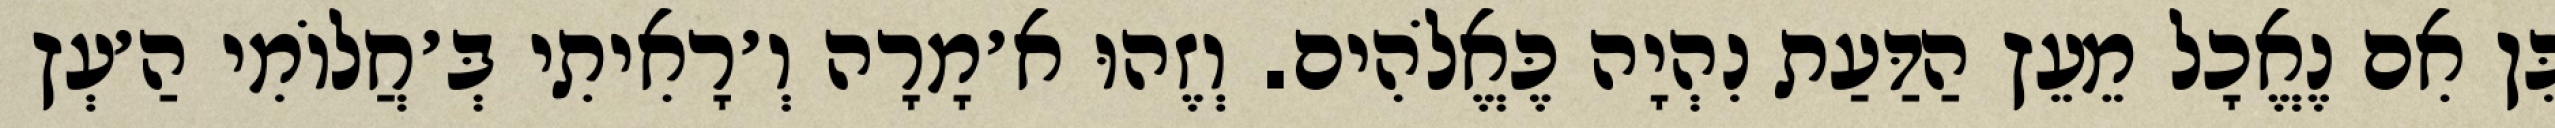
כֵּן אִם נֶאֱכָל מֵעֵץ הַדַּעַת נִהְיָה כֶּאֱלֹהִים. וְזֶהוּ א׳מָרָה וְ׳רָאִיתִי בְּ׳חֲלוֹמִי הַ׳עְץ